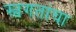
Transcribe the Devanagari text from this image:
स्वगतांचा